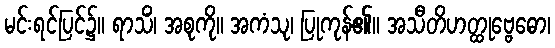
မင်းရင်ပြင်၌။ ရာသိံ၊ အစုကို။ အကံသု၊ ပြုကုန်၏။ အသီတိဟတ္ထုဗ္ဗေဓော၊